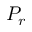
P _ { r }